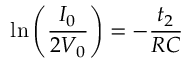
\ln { \left( \frac { I _ { 0 } } { 2 V _ { 0 } } \right) } = - \frac { t _ { 2 } } { R C }